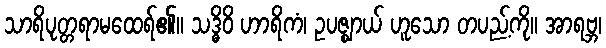
သာရိပုတ္တရာမထေရ်၏။ သဒ္ဓိဝိ ဟာရိကံ၊ ဥပဇ္ဈာယ် ဟူသော တပည့်ကို။ အာရဗ္ဘ၊